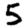
Digit: 5